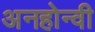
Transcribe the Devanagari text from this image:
अनहोन्‍वी